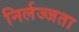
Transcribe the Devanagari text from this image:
निर्लज्जता